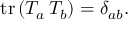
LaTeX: \mathrm { t r } \, ( T _ { a } \, T _ { b } ) = \delta _ { a b } .